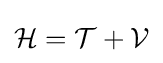
{\mathcal {H}}={\mathcal {T}}+{\mathcal {V}}